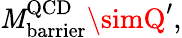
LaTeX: \mathit{M}_{\mathrm{{barrier}}}^{\mathrm{{QCD}}}\simQ^{\prime},